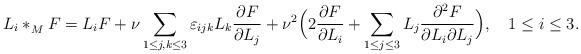
LaTeX: \begin{align*}L_i\ast^{}_M F= L_i F +\nu\sum_{1\leq j,k \leq 3}\varepsilon_{ijk} L_k {\partial F \over\partial L_j }+ \nu^2 \Bigl( 2 {\partial F \over\partial L_i} +\sum_{1\leq j \leq 3}L_j {\partial^2 F \over\partial L_i \partial L_j }\Bigr), \quad 1\leq i\leq 3.\end{align*}